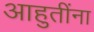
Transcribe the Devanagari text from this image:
आहुतींना